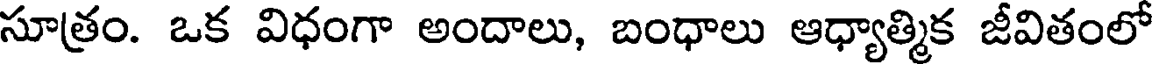
సూత్రం. ఒక విధంగా అందాలు, బంధాలు ఆధ్యాత్మిక జీవితంలో